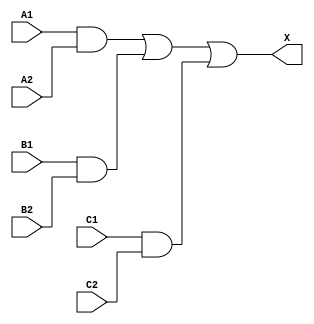
module sky130_fd_sc_ms__a222o (
    X ,
    A1,
    A2,
    B1,
    B2,
    C1,
    C2
);

    // Module ports
    output X ;
    input  A1;
    input  A2;
    input  B1;
    input  B2;
    input  C1;
    input  C2;

    // Local signals
    wire and0_out ;
    wire and1_out ;
    wire and2_out ;
    wire or0_out_X;

    //  Name  Output     Other arguments
    and and0 (and0_out , B1, B2                      );
    and and1 (and1_out , A1, A2                      );
    and and2 (and2_out , C1, C2                      );
    or  or0  (or0_out_X, and1_out, and0_out, and2_out);
    buf buf0 (X        , or0_out_X                   );

endmodule